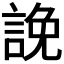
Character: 𧨕